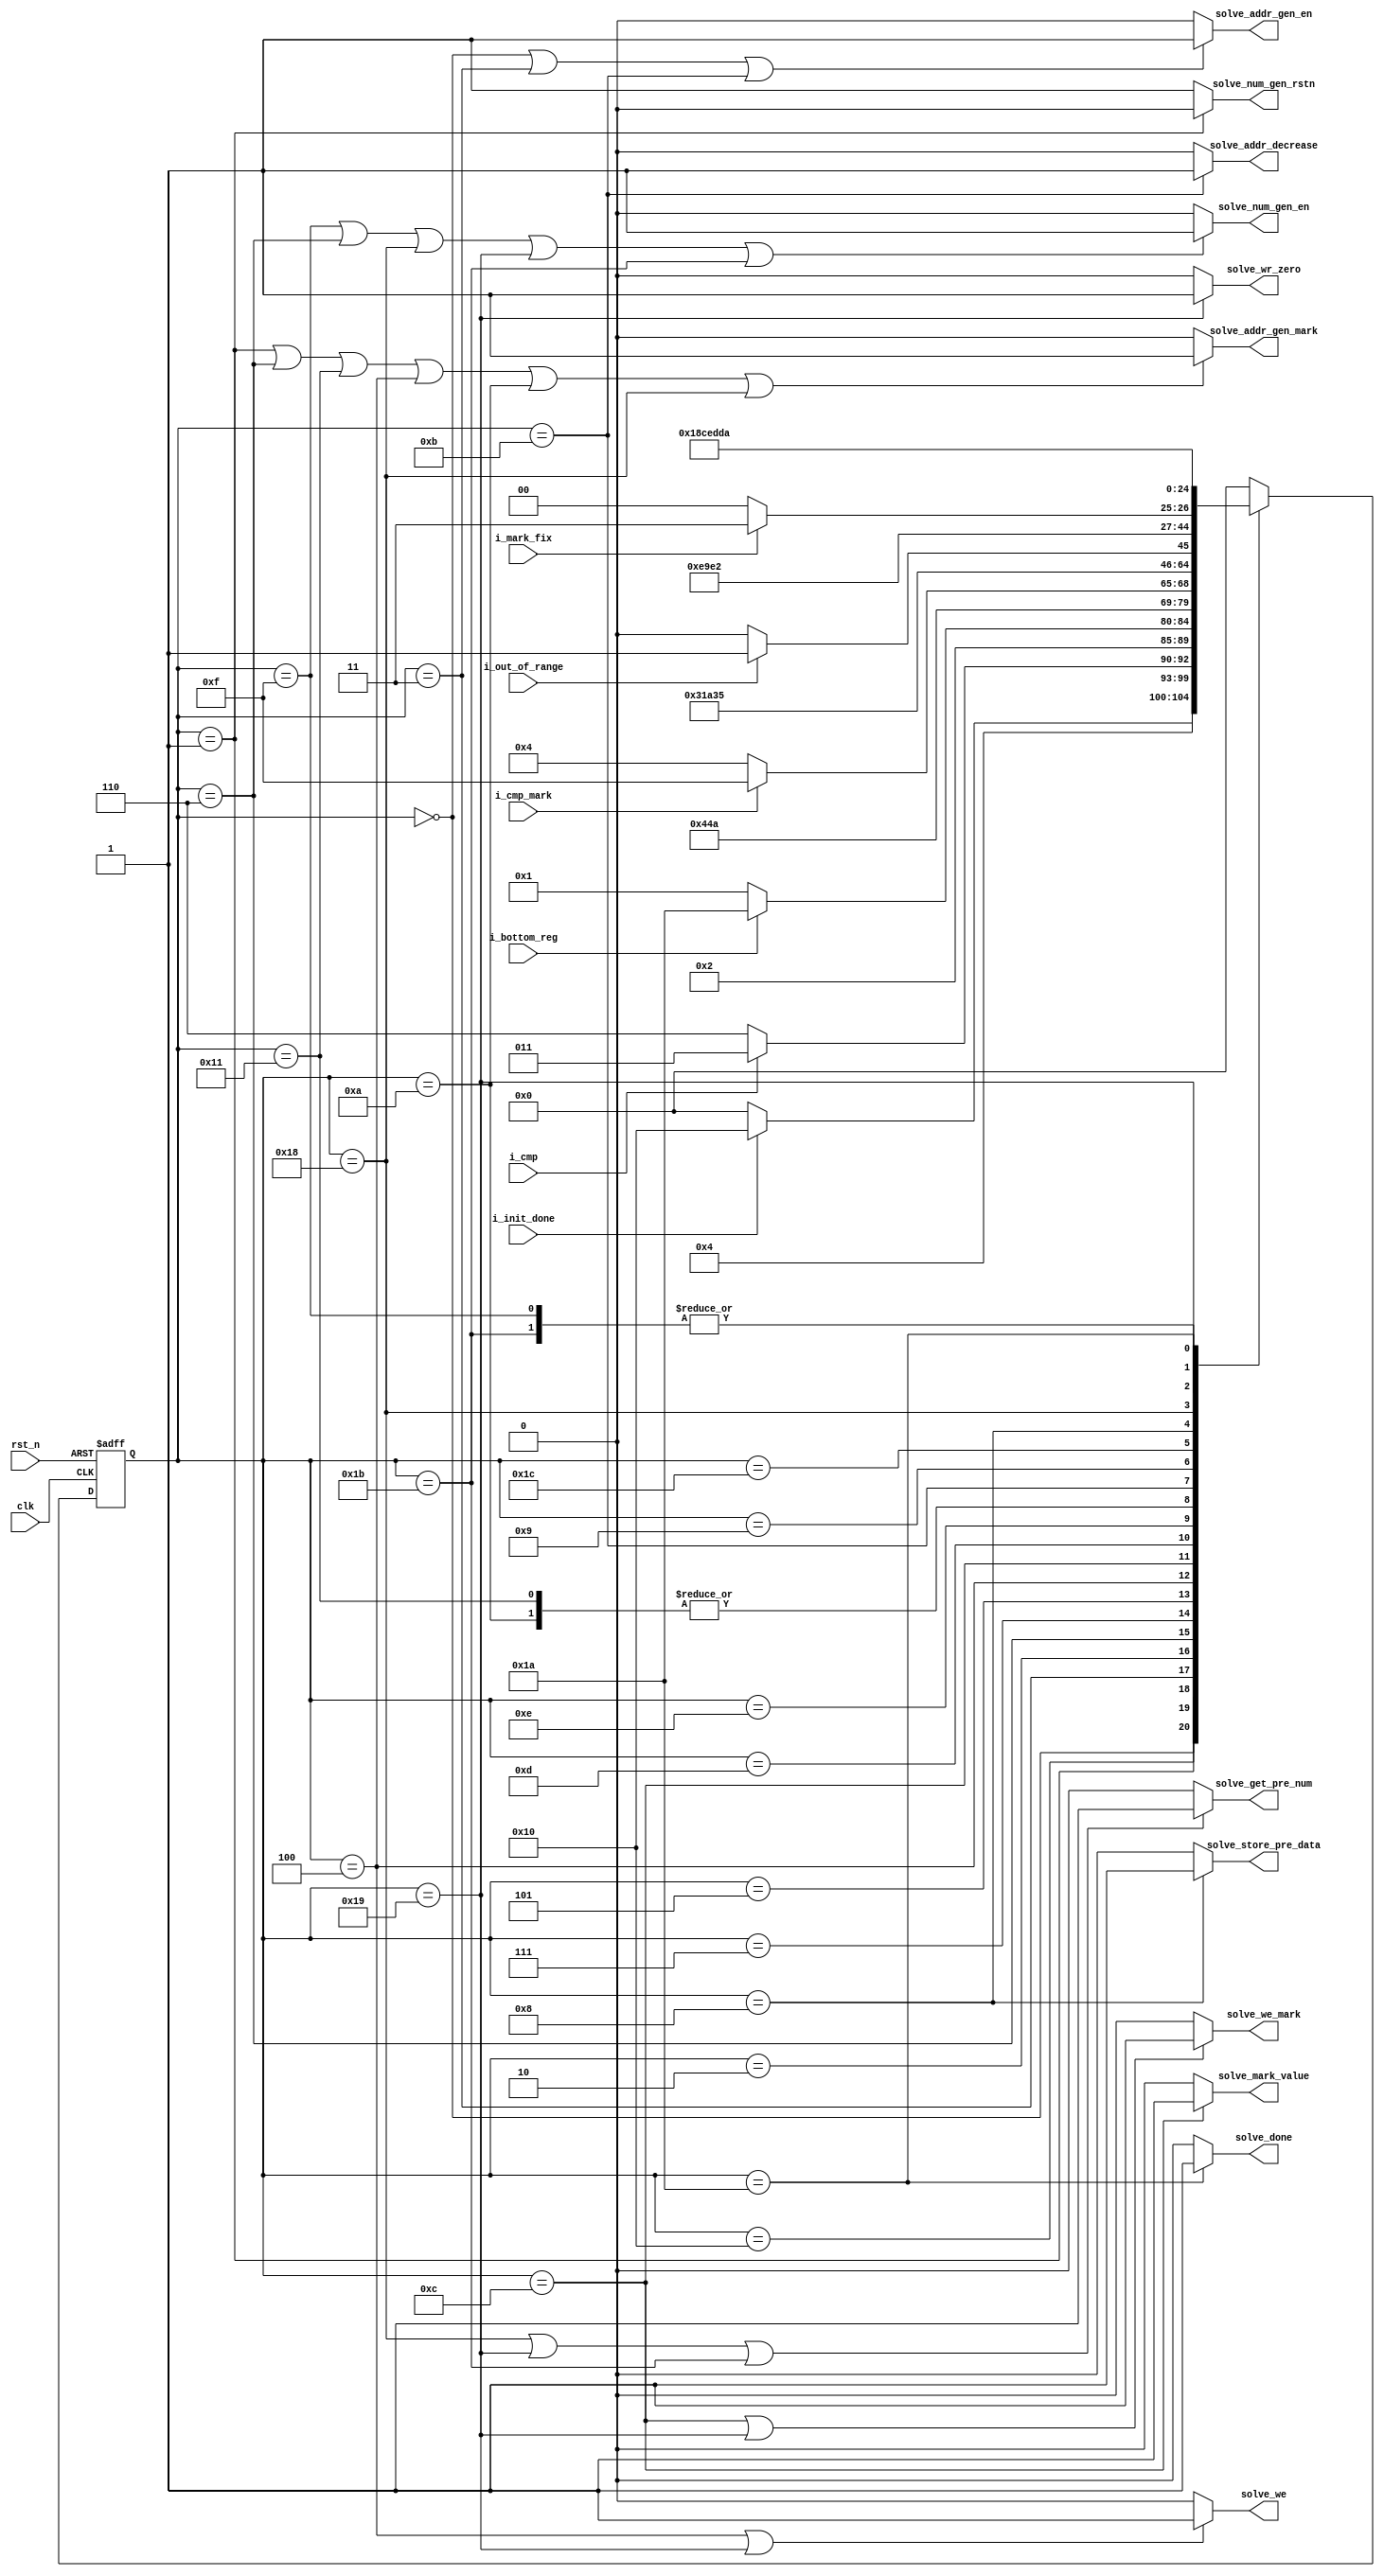
////////////////////////////////////////////////////////////////////////////////
// Description : 
//
// History     : Jul, 31 2022 : Initial     
//
////////////////////////////////////////////////////////////////////////////////
module solve_fsm(
    //-----------------------
    //clk and reset
    clk,
    rst_n,
    //-----------------------
    //input
    i_init_done,
    i_cmp,
    i_cmp_mark,
    i_bottom_reg,
    i_out_of_range,
    i_mark_fix,
    //-----------------------
    //output
    solve_addr_gen_en,
    solve_addr_gen_mark,
    solve_addr_decrease,
    solve_num_gen_rstn,
    solve_num_gen_en,
    solve_we,
    solve_we_mark,
    solve_mark_value,
    solve_wr_zero,
    solve_store_pre_data,
    solve_get_pre_num,
    solve_done
);
    ////////////////////////////////////////////////////////////////////////////
    //param declaration
    ////////////////////////////////////////////////////////////////////////////
    parameter                           SOLVE_IDLE                      =   5'b00000;
    parameter                           SOLVE_NULL                      =   5'b10000;
    parameter                           SOLVE_TOP_LOOP_READ_NUM         =   5'b00001;
    parameter                           SOLVE_TOP_LOOP_NEXT_CELL        =   5'b00011;
    parameter                           SOLVE_TOP_LOOP_UPDATE_ADDR      =   5'b00010;
    parameter                           SOLVE_INT_LOOP_RST_NUMGEN       =   5'b00110;
    parameter                           SOLVE_INT_LOOP_WAIT             =   5'b10001;
    parameter                           SOLVE_INT_LOOP_GET_ADDR_MARK    =   5'b00111;
    parameter                           SOLVE_INT_LOOP_READ_MARKED      =   5'b00101;
    parameter                           SOLVE_INT_LOOP_WRITE_NUM        =   5'b00100;
    parameter                           SOLVE_INT_LOOP_PRE_MARK         =   5'b01100;
    parameter                           SOLVE_INT_LOOP_WRITE_MARK       =   5'b01101;
    parameter                           SOLVE_INT_LOOP_NEXT_LOOP        =   5'b01111;
    parameter                           SOLVE_INT_LOOP_GET_NEW_NUM      =   5'b01110;
    parameter                           SOLVE_INT_LOOP_UPDATE_NUM       =   5'b01010;
    parameter                           SOLVE_BACKTRACK                 =   5'b01011;
    parameter                           SOLVE_BACKTRACK_BACK_CELL       =   5'b01001;
    parameter                           SOLVE_BACKTRACK_READ_FIX        =   5'b11100;
    parameter                           SOLVE_BACKTRACK_READ_PRENUM     =   5'b01000;
    parameter                           SOLVE_BACKTRACK_STORE_PRENUM    =   5'b11000;
    parameter                           SOLVE_BACKTRACK_GET_ADDR_MARK   =   5'b11001;
    parameter                           SOLVE_BACKTRACK_REMARK_DATA     =   5'b11011;
    parameter                           SOLVE_DONE                      =   5'b11010;
    
    ////////////////////////////////////////////////////////////////////////////
    //port declaration
    ////////////////////////////////////////////////////////////////////////////
    //-----------------------
    //clk and reset
    input                               clk;
    input                               rst_n;
    //-----------------------
    //input
    input                               i_init_done;
    input                               i_cmp;
    input                               i_cmp_mark;
    input                               i_bottom_reg;
    input                               i_out_of_range;
    input                               i_mark_fix;
    //-----------------------
    //output
    output                              solve_addr_gen_en;
    output                              solve_addr_gen_mark;
    output                              solve_addr_decrease;
    output                              solve_num_gen_rstn;
    output                              solve_num_gen_en;
    output                              solve_we;
    output                              solve_we_mark;
    output                              solve_mark_value;
    output                              solve_wr_zero;
    output                              solve_store_pre_data;
    output                              solve_get_pre_num;
    output                              solve_done;
    
    ////////////////////////////////////////////////////////////////////////////
    //wire - reg name declaration
    ////////////////////////////////////////////////////////////////////////////
    //-----------------------
    //fsm
    reg     [4:0]                       solve_state;
    reg     [4:0]                       nxt_solve_state;

    ////////////////////////////////////////////////////////////////////////////
    //design description
    ////////////////////////////////////////////////////////////////////////////
    //--------------------------------------------------------------------------
    //solve fsm
    //--------------------------------------------------------------------------
    //-----------------------
    //combinational logic define next state
    always @(*) begin
        case(solve_state)
            SOLVE_IDLE: begin
                nxt_solve_state = i_init_done ? SOLVE_NULL : SOLVE_IDLE;
            end
            
            SOLVE_NULL: begin
                nxt_solve_state = SOLVE_TOP_LOOP_READ_NUM;
            end
            
            SOLVE_TOP_LOOP_READ_NUM: begin
                nxt_solve_state = i_cmp ? SOLVE_TOP_LOOP_NEXT_CELL : SOLVE_INT_LOOP_RST_NUMGEN;
            end
            
            SOLVE_TOP_LOOP_NEXT_CELL: begin
                nxt_solve_state = SOLVE_TOP_LOOP_UPDATE_ADDR;
            end
            
            SOLVE_TOP_LOOP_UPDATE_ADDR: begin
                nxt_solve_state = i_bottom_reg ? SOLVE_DONE : SOLVE_TOP_LOOP_READ_NUM;
            end
            
            SOLVE_INT_LOOP_RST_NUMGEN : begin
                nxt_solve_state = SOLVE_INT_LOOP_WAIT;
            end
            
            SOLVE_INT_LOOP_WAIT: begin
                nxt_solve_state = SOLVE_INT_LOOP_GET_ADDR_MARK;
            end
            
            SOLVE_INT_LOOP_GET_ADDR_MARK: begin
                nxt_solve_state = SOLVE_INT_LOOP_READ_MARKED;
            end
            
            SOLVE_INT_LOOP_READ_MARKED: begin
                nxt_solve_state = i_cmp_mark ? SOLVE_INT_LOOP_NEXT_LOOP : SOLVE_INT_LOOP_WRITE_NUM;
            end
            
            SOLVE_INT_LOOP_WRITE_NUM: begin
                nxt_solve_state = SOLVE_INT_LOOP_PRE_MARK;
            end
            
            SOLVE_INT_LOOP_PRE_MARK: begin
                nxt_solve_state = SOLVE_INT_LOOP_WRITE_MARK;
            end
            
            SOLVE_INT_LOOP_WRITE_MARK: begin
                nxt_solve_state = SOLVE_TOP_LOOP_NEXT_CELL;
            end
            
            SOLVE_INT_LOOP_NEXT_LOOP: begin
                nxt_solve_state = SOLVE_INT_LOOP_GET_NEW_NUM;
            end
            
            SOLVE_INT_LOOP_GET_NEW_NUM: begin
                nxt_solve_state = i_out_of_range ? SOLVE_BACKTRACK : SOLVE_INT_LOOP_UPDATE_NUM;
            end
            
            SOLVE_INT_LOOP_UPDATE_NUM: begin
                nxt_solve_state = SOLVE_INT_LOOP_GET_ADDR_MARK;
            end
            
            SOLVE_BACKTRACK: begin
                nxt_solve_state = SOLVE_BACKTRACK_BACK_CELL;
            end 
            
            SOLVE_BACKTRACK_BACK_CELL: begin
                nxt_solve_state = SOLVE_BACKTRACK_READ_FIX;
            end
            
            SOLVE_BACKTRACK_READ_FIX: begin
                nxt_solve_state = i_mark_fix ? SOLVE_BACKTRACK : SOLVE_BACKTRACK_READ_PRENUM;
            end
            
            SOLVE_BACKTRACK_READ_PRENUM: begin
                nxt_solve_state = SOLVE_BACKTRACK_STORE_PRENUM;
            end
            
            SOLVE_BACKTRACK_STORE_PRENUM: begin
                nxt_solve_state = SOLVE_BACKTRACK_GET_ADDR_MARK;
            end
            
            SOLVE_BACKTRACK_GET_ADDR_MARK: begin
                nxt_solve_state = SOLVE_BACKTRACK_REMARK_DATA;
            end
            
            SOLVE_BACKTRACK_REMARK_DATA: begin
                nxt_solve_state = SOLVE_INT_LOOP_GET_NEW_NUM;
            end
            
            SOLVE_DONE: begin
                nxt_solve_state = SOLVE_DONE;
            end
            
            default: begin
                nxt_solve_state = SOLVE_IDLE;
            end
        endcase
    end
    
    //-----------------------
    //sequential logic update state
    always @(posedge clk or negedge rst_n) begin
        if(!rst_n) begin
            solve_state <= SOLVE_IDLE;
        end else begin
            solve_state <= nxt_solve_state;
        end
    end
    
    //-----------------------
    //combinational logic define output
    assign solve_addr_gen_en = (solve_state == SOLVE_IDLE
                                || solve_state == SOLVE_TOP_LOOP_NEXT_CELL
                                || solve_state == SOLVE_BACKTRACK) ? 1'b1 : 1'b0;
    assign solve_addr_gen_mark = (solve_state == SOLVE_TOP_LOOP_READ_NUM
                                    || solve_state == SOLVE_INT_LOOP_RST_NUMGEN
                                    || solve_state == SOLVE_INT_LOOP_WAIT
                                    || solve_state == SOLVE_INT_LOOP_WRITE_NUM
                                    || solve_state == SOLVE_INT_LOOP_UPDATE_NUM
                                    || solve_state == SOLVE_BACKTRACK_STORE_PRENUM) ? 1'b1 : 1'b0;
    assign solve_addr_decrease = (solve_state == SOLVE_BACKTRACK) ? 1'b1 : 1'b0;
    assign solve_num_gen_rstn = (solve_state == SOLVE_TOP_LOOP_READ_NUM) ? 1'b0 : 1'b1;
    assign solve_num_gen_en = (solve_state == SOLVE_INT_LOOP_NEXT_LOOP
                                || solve_state == SOLVE_INT_LOOP_RST_NUMGEN
                                || solve_state == SOLVE_BACKTRACK_STORE_PRENUM
                                || solve_state == SOLVE_BACKTRACK_GET_ADDR_MARK
                                || solve_state == SOLVE_BACKTRACK_REMARK_DATA) ? 1'b1 : 1'b0;
    assign solve_we = (solve_state == SOLVE_INT_LOOP_WRITE_NUM
                        || solve_state == SOLVE_BACKTRACK_GET_ADDR_MARK) ? 1'b1 : 1'b0;
    assign solve_we_mark = (solve_state == SOLVE_INT_LOOP_PRE_MARK
                        || solve_state == SOLVE_BACKTRACK_GET_ADDR_MARK) ? 1'b1 : 1'b0;
    assign solve_mark_value = (solve_state == SOLVE_INT_LOOP_PRE_MARK) ? 1'b1 : 1'b0;
    assign solve_wr_zero = (solve_state == SOLVE_BACKTRACK_GET_ADDR_MARK) ? 1'b1 : 1'b0;
    assign solve_store_pre_data = (solve_state == SOLVE_BACKTRACK_READ_PRENUM) ? 1'b1 : 1'b0;
    assign solve_get_pre_num = (solve_state == SOLVE_BACKTRACK_STORE_PRENUM
                                || solve_state == SOLVE_BACKTRACK_GET_ADDR_MARK
                                || solve_state == SOLVE_BACKTRACK_REMARK_DATA) ? 1'b1 : 1'b0;
    assign solve_done = (solve_state == SOLVE_DONE) ? 1'b1 : 1'b0;
endmodule